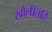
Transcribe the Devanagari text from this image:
खोलींतहि